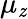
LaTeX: \mu_{\mathit{z}}